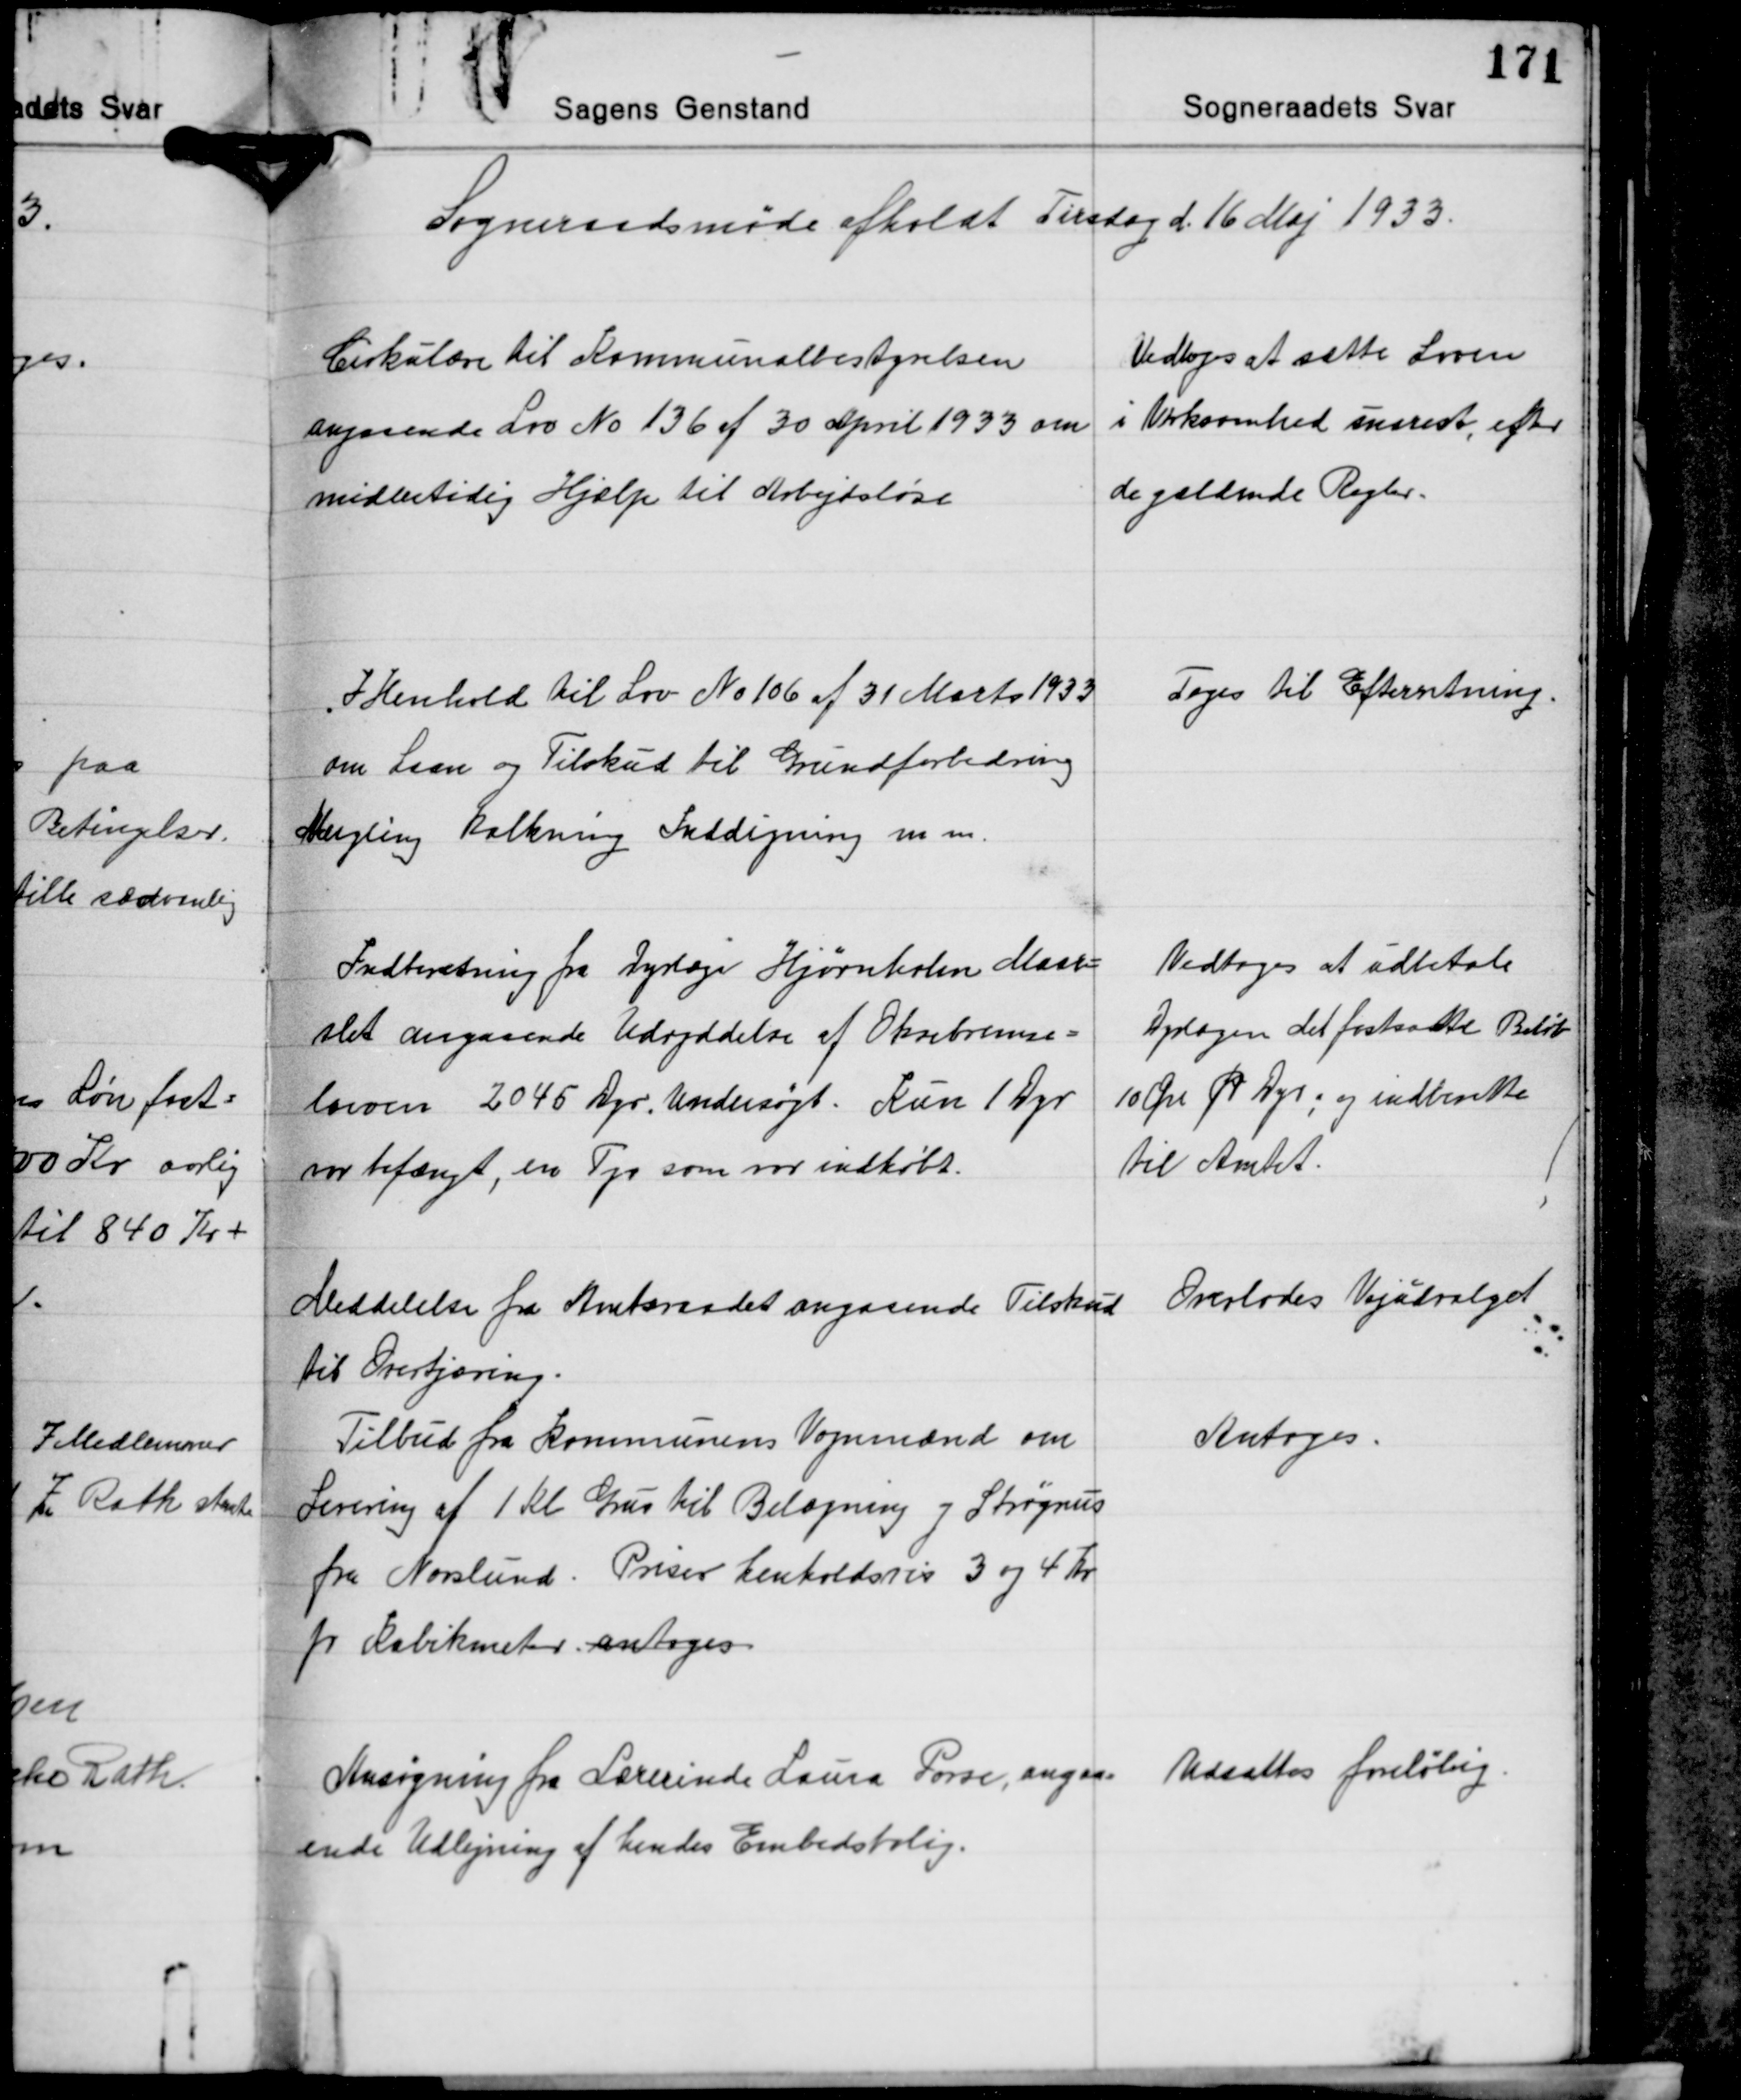
Transskription:
Sogneraadsmøde afholdt Tirsdag d. 16 Maj 1933.

Cirkulære til Kommunalbestyrelsen
angaaende Lov No 136 af 30 April 1933 om
midlertidig Hjælp til Arbejdsløse

Vedtoges at sætte Loven
i Virksomhed snarest, efter
de gældende Regler.

I Henhold til Lov No 106 af 31 Marts 1933
om Laan og Tilskud til Grundforbedring
Mergling kalkning Inddigning m.m.

Toges til Efterretning.

Indberetning fra Dyræge Hjørnholm Maar-
slet angaaende Udryddelse af Oksebremse-
larven 2045 Dyr Undersøgt. Kun 1 Dyr
var befængt, en Tyr som var indkøbt.

Vedtoges at udbetale
Dyrlægen det fastsatte Beløb
10 Øre pr. Dyr; og indberette
til Amtet.

Meddelelse fra Amtsraadet angaaende Tilskud
til Overtjæring.
Tilbud fra Kommunens Vognmænd om
Levering af 1 hl Grus til Belægning og Strøgrus
fra Norslund. Priser henholdsvis 3 og 4 Kr.
pr. Kubikmeter antoges

Overlodes Vejudvalget.

Antoges.

Ansøgning fra Lærerinde Laura Porse, angaa-
ende Udlejning af hendes Embedsbolig.

Udsattes foreløbig.